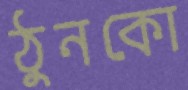
ঠুনকো